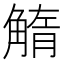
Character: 𧤓